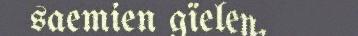
saemien gïelen,